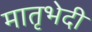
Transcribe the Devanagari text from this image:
मातृभेदी